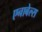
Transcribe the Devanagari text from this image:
एनाबेल्स